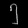
Digit: ၅